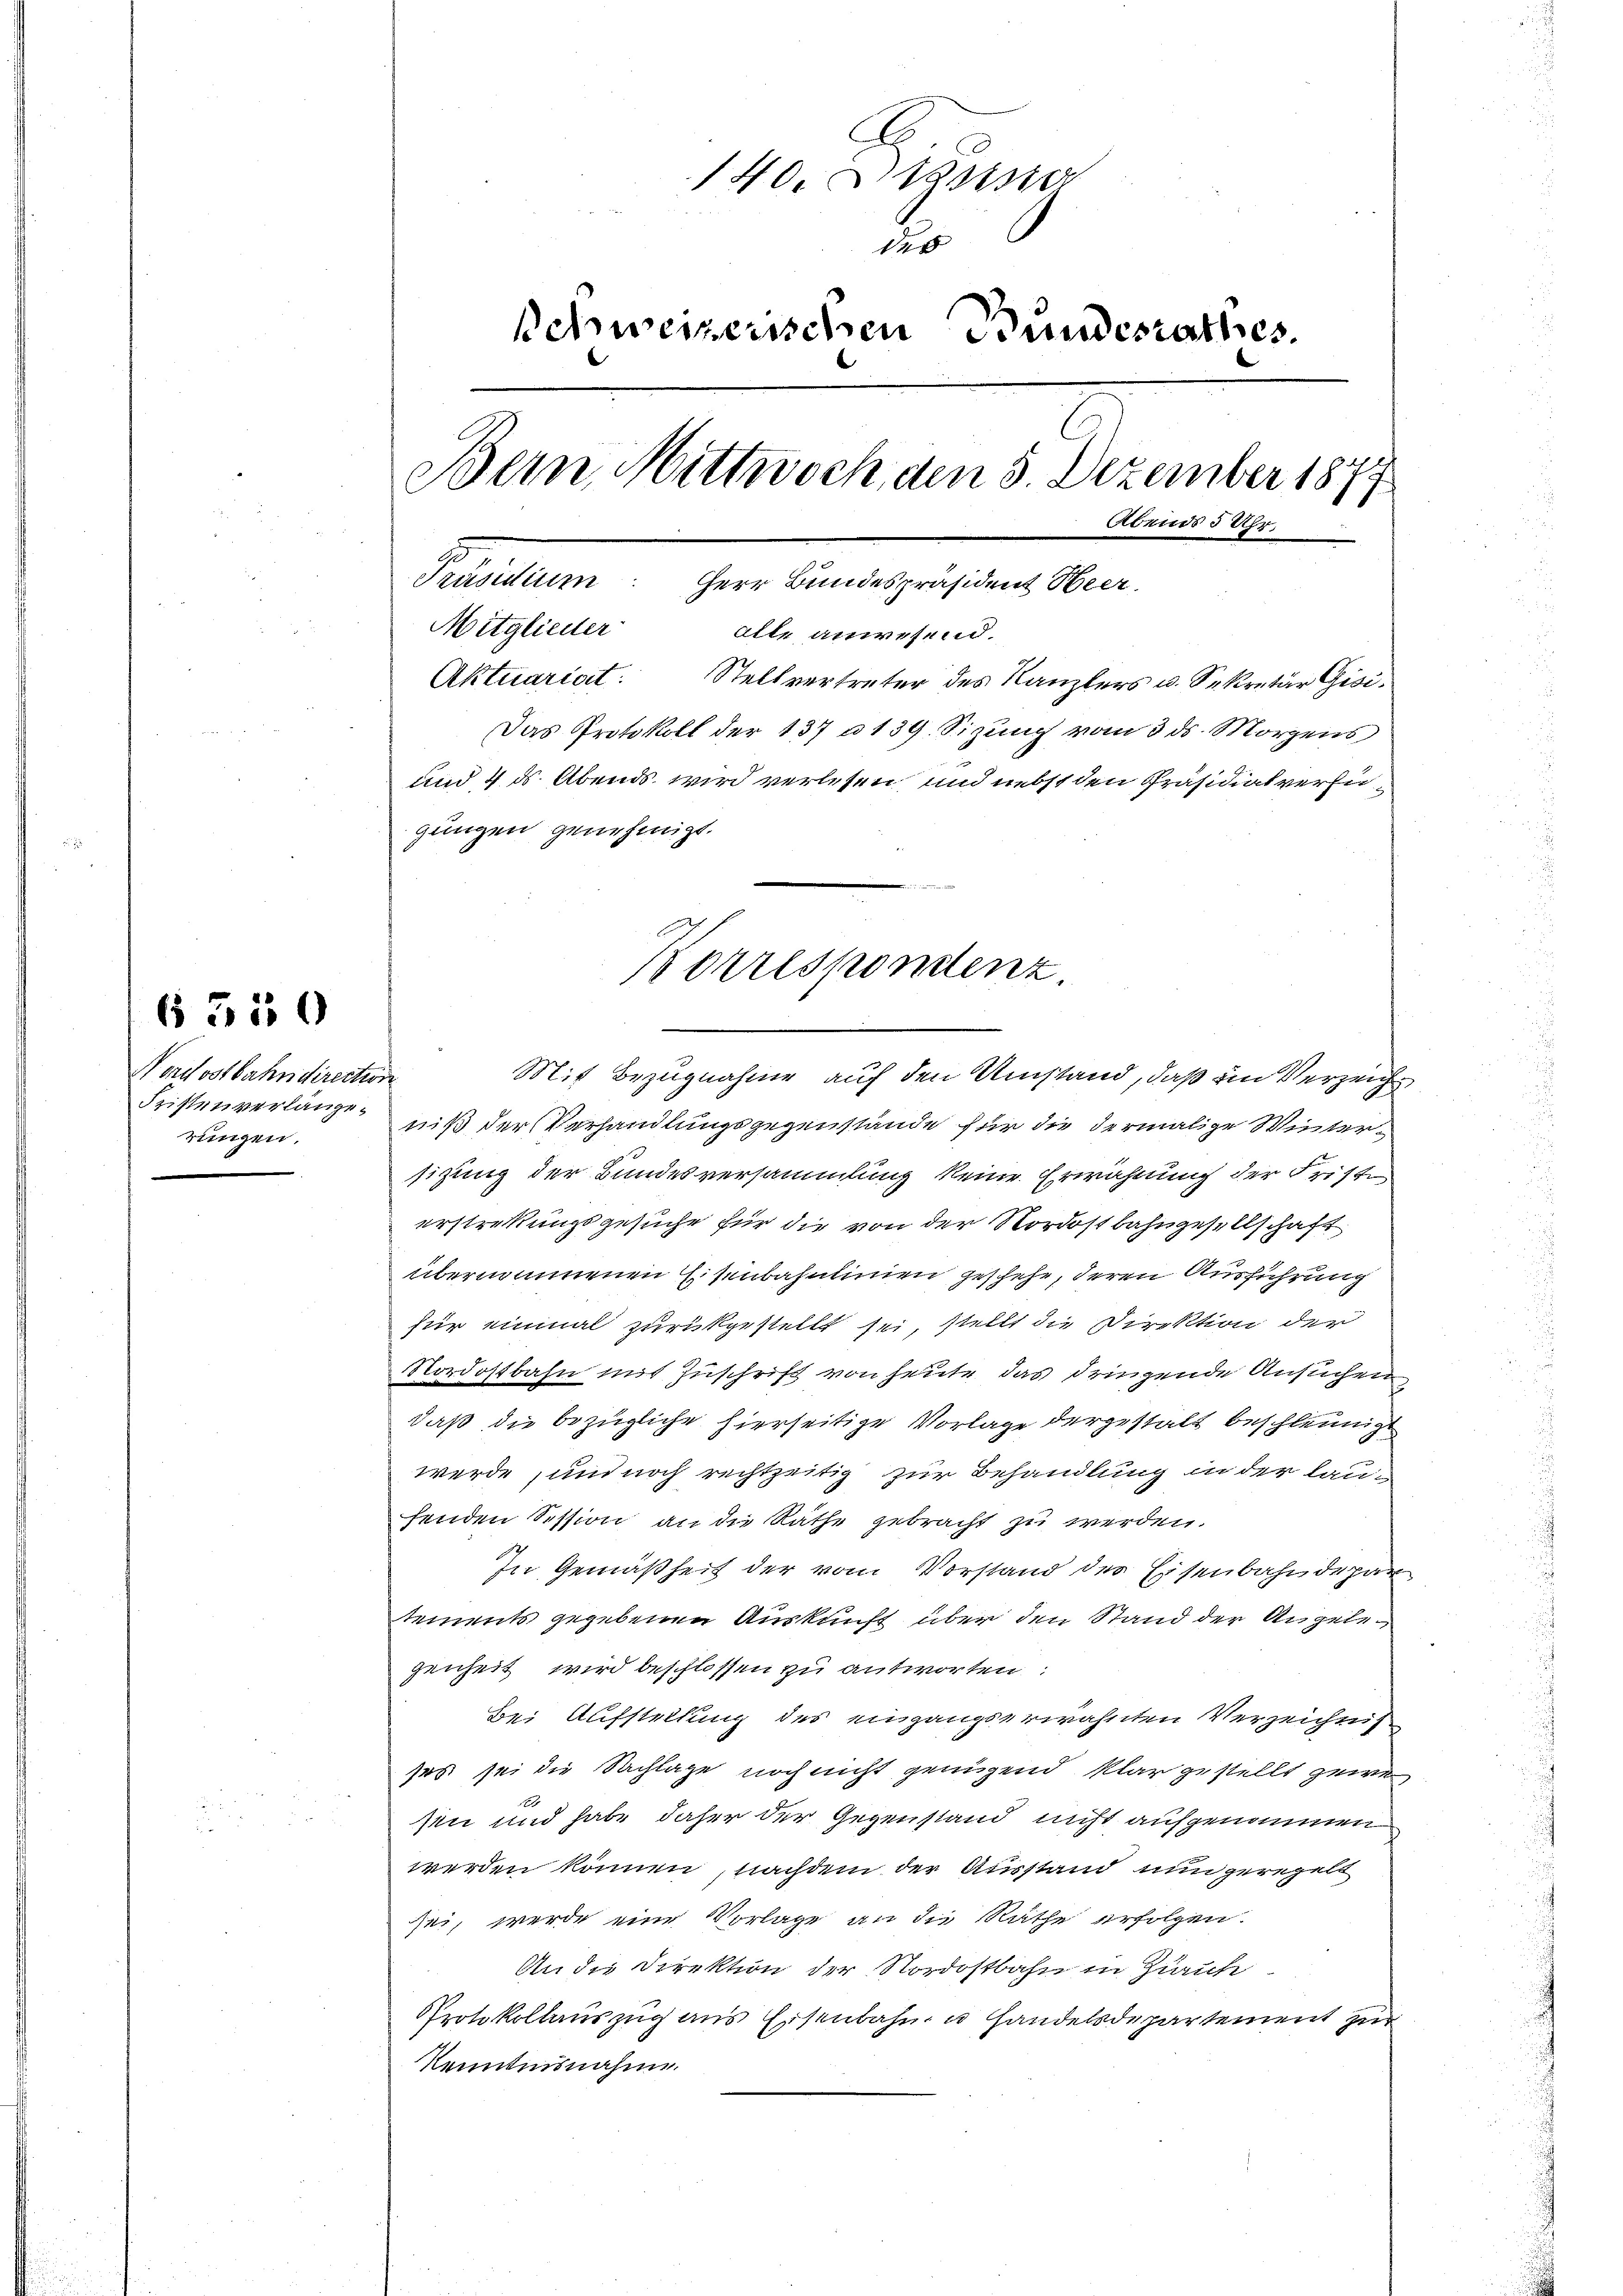
Nordostbahndirection
Fristenverlängerungen.

6550

140. Bein
de
Schweizerischen Bundesrathes.
Bein, Mittwoch, den 5. Dezember 1877
Abends 5 Uhr.
Präsidium. Herr Bundespräsident Heer.
Mitglieder
alle anwesend.
Aktuariat: Stellvertreter des Kanzlers u. Sekretär Gisi¬
Das Protokoll der 137 n 139. Sizung vom 3. ds. Morzens
und 4 ds. Abends wird verlesen, und nebst den Präsidiat verfügungen genehmigt.

Mit Bezugnahme auf den Umstand, daß im Verzeicht
niß der Verhandlungsgegenstände für die dermalige Wintersizung der Bundesversammlung keine Erwähnung der Friste
erstreckungsgesuche für die von der Nordostbahngesellschaft
übernommenen Eisenbahnlinien geschehe, deren Ausführung
für einmal zurückgestellt sei, stellt die Direktion der
Nordostbahn mit Zuschrift von heute das dringende Ansuchen
daß die bezügliche hierseitige Vorlage dergestalt beschleunig
werde, und noch rechtzeitig zur Behandlung in der laufenden Session an die Räthe gebracht zu werden.
In Gemäßheit der vom Vorstand des Eisenbahndepar
tements gegebenen Auskunft über den Stand der Angelegenheit wird beschlossen zu antworten:
Bei Aufstellung des eingangserwähnten Verzeichnis
sos sei die Sachlage noch nicht genügend klar gestellt gewe
sn und habe daher der Gegenstand nicht aufgenommen
werden können, nachdem der Ausstand nun geregelt
ei, werde eine Vorlage an die Räthe erfolgen.
An die Direktion der Nordostbahn in Zürich
Protokollauszug aus Eisenbahn u Handelsdepartement zur
Kenntnisnahme.

Korrespondenz.